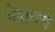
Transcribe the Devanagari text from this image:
भेदायचे